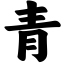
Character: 青